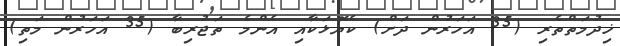
ޚިދުމަތްތެރި (35 އަހަރުން ދަށް) ކެޔޮޅަކާއި އެންމެ ތަޖުރިބާ (35 އަހަރުން މަތި)